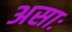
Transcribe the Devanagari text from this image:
असाः